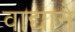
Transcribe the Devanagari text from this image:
वाद्याने